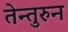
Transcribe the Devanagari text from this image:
तेन्तुरुन